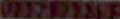
ONZER